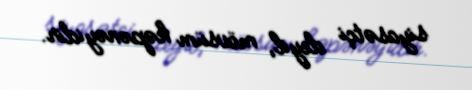
siyasətçi deyil, mövsüm kəpənəyidir.